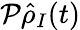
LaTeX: {\mathcal P}\hat{\rho}_{I}(t)